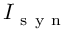
I _ { \mathrm { ~ s ~ y ~ n ~ } }